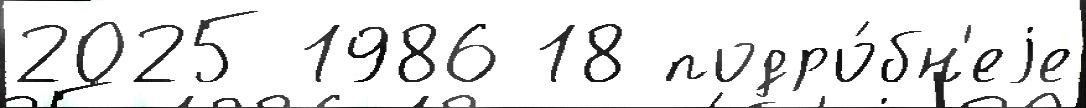
2025 1986 18 подро́бн'еjе